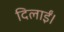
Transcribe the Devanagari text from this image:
दिलाईं।